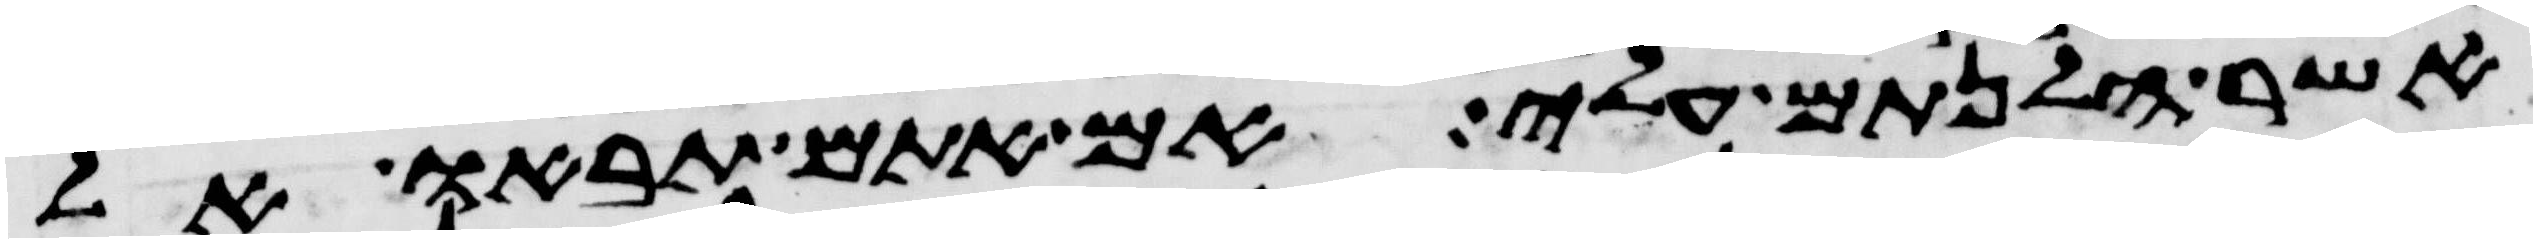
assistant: אשר הלנתם עלי אם אתם תבאו אל